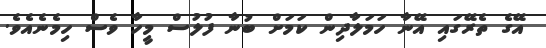
އޭގެ ތެރޭގައި އޭނާ ހަމަލާދިން ކަމަށް ބުނާ ފުލުސް މީހާ ވެސް ހިމެނެއެވެ.